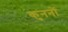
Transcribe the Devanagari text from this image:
कुननों